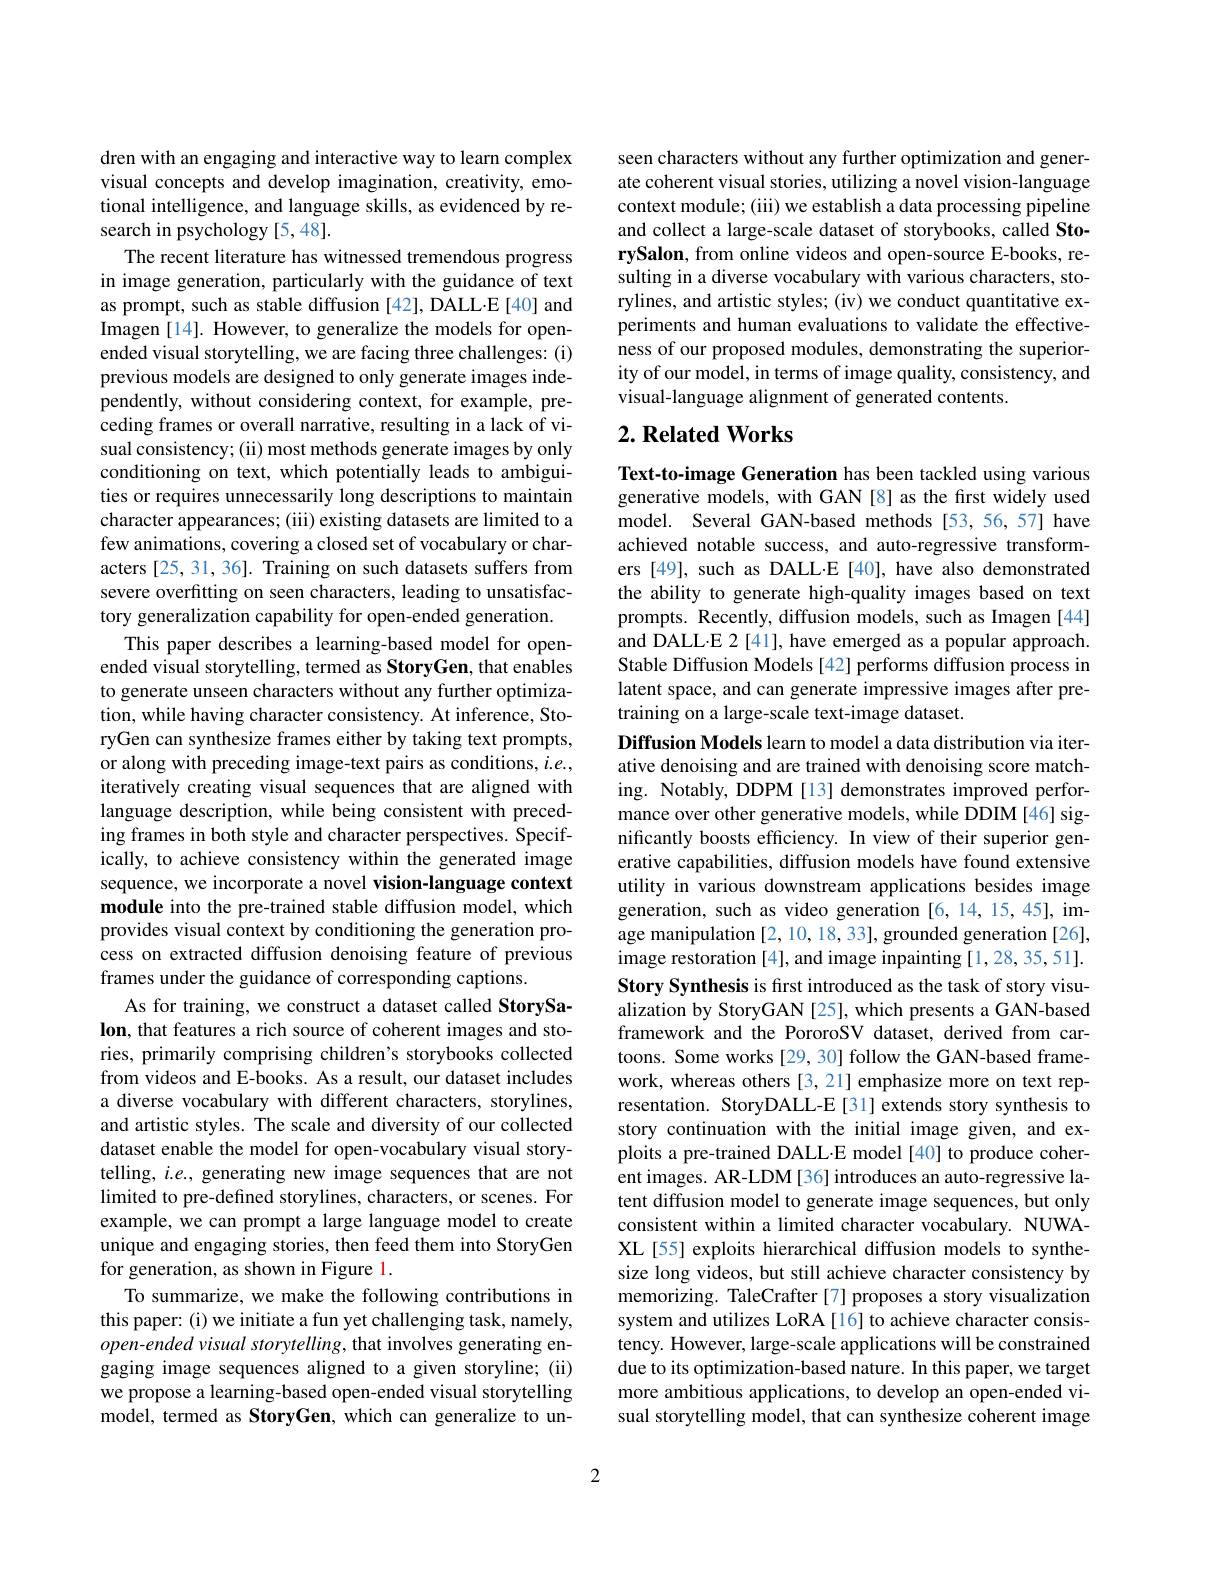
dren with an engaging and interactive way to learn complex visual concepts and develop imagination, creativity, emotional intelligence, and language skills, as evidenced by research in psychology [5,48].
The recent literature has witnessed tremendous progress in image generation, particularly with the guidance of text as prompt, such as stable diffusion [42], DALL·E [40] and Imagen [14]. However, to generalize the models for openended visual storytelling, we are facing three challenges: (i) previous models are designed to only generate images independently, without considering context, for example, preceding frames or overall narrative, resulting in a lack of visual consistency; (ii) most methods generate images by only conditioning on text, which potentially leads to ambiguities or requires unnecessarily long descriptions to maintain character appearances; (iii) existing datasets are limited to a few animations, covering a closed set of vocabulary or characters [25, 31, 36]. Training on such datasets suffers from severe overfitting on seen characters, leading to unsatisfactory generalization capability for open-ended generation.
This paper describes a learning-based model for openended visual storytelling, termed as StoryGen, that enables to generate unseen characters without any further optimization, while having character consistency. At inference, StoryGen can synthesize frames either by taking text prompts, or along with preceding image-text pairs as conditions, $i.e.$, iteratively creating visual sequences that are aligned with language description, while being consistent with preceding frames in both style and character perspectives. Specifically, to achieve consistency within the generated image sequence, we incorporate a novel vision-language context module into the pre-trained stable diffusion model, which provides visual context by conditioning the generation process on extracted diffusion denoising feature of previous frames under the guidance of corresponding captions.
As for training, we construct a dataset called StorySalon, that features a rich source of coherent images and stories, primarily comprising children's storybooks collected from videos and E-books. As a result, our dataset includes a diverse vocabulary with different characters, storylines, and artistic styles. The scale and diversity of our collected dataset enable the model for open-vocabulary visual storytelling, $i.e.$, generating new image sequences that are not limited to pre-defined storylines, characters, or scenes. For example, we can prompt a large language model to create unique and engaging stories, then feed them into StoryGen for generation, as shown in Figure 1.
To summarize, we make the following contributions in this paper: (i) we initiate a fun yet challenging task, namely, open-ended visual storytelling, that involves generating engaging image sequences aligned to a given storyline; (ii) we propose a learning-based open-ended visual storytelling model, termed as StoryGen, which can generalize to un-

seen characters without any further optimization and generate coherent visual stories, utilizing a novel vision-language context module; (iii) we establish a data processing pipeline and collect a large-scale dataset of storybooks, called StorySalon, from online videos and open-source E-books, resulting in a diverse vocabulary with various characters, storylines, and artistic styles; (iv) we conduct quantitative experiments and human evaluations to validate the effectiveness of our proposed modules, demonstrating the superiority of our model, in terms of image quality, consistency, and visual-language alignment of generated contents.

## $2. \textbf{Related Works}$

Text-to-image Generation has been tackled using various generative models, with GAN[8] as the first widely used model. Several GAN-based methods [53,56,57] have achieved notable success, and auto-regressive transformers [49], such as DALL.E [40], have also demonstrated the ability to generate high-quality images based on text prompts. Recently, diffusion models, such as Imagen [44] and DALL·E 2[41], have emerged as a popular approach. Stable Diffusion Models [42] performs diffusion process in latent space, and can generate impressive images after pretraining on a large-scale text-image dataset.
Diffusion Models learn to model a data distribution via iterative denoising and are trained with denoising score matching. Notably, DDPM[13] demonstrates improved performance over other generative models, while DDIM[46] significantly boosts efficiency. In view of their superior generative capabilities, diffusion models have found extensive utility in various downstream applications besides image generation, such as video generation [6,14,15,45], image manipulation [2, 10, 18, 33], grounded generation [26], image restoration [4], and image inpainting [1,28,35,51]. Story Synthesis is first introduced as the task of story visualization by StoryGAN [25], which presents a GAN-based framework and the PororoSV dataset, derived from cartoons. Some works [29, 30] follow the GAN-based framework, whereas others[3,21] emphasize more on text representation. StoryDALL-E[31] extends story synthesis to story continuation with the initial image given, and exploits a pre-trained DALL·E model [40] to produce coherent images. AR-LDM [36] introduces an auto-regressive latent diffusion model to generate image sequences, but only consistent within a limited character vocabulary. NUWAXL [55] exploits hierarchical diffusion models to synthesize long videos, but still achieve character consistency by memorizing. TaleCrafter[7] proposes a story visualization system and utilizes LoRA[16] to achieve character consistency. However, large-scale applications will be constrained due to its optimization-based nature. In this paper, we target more ambitious applications, to develop an open-ended visual storytelling model, that can synthesize coherent image

2